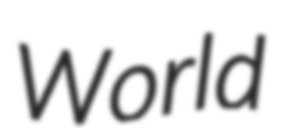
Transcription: World